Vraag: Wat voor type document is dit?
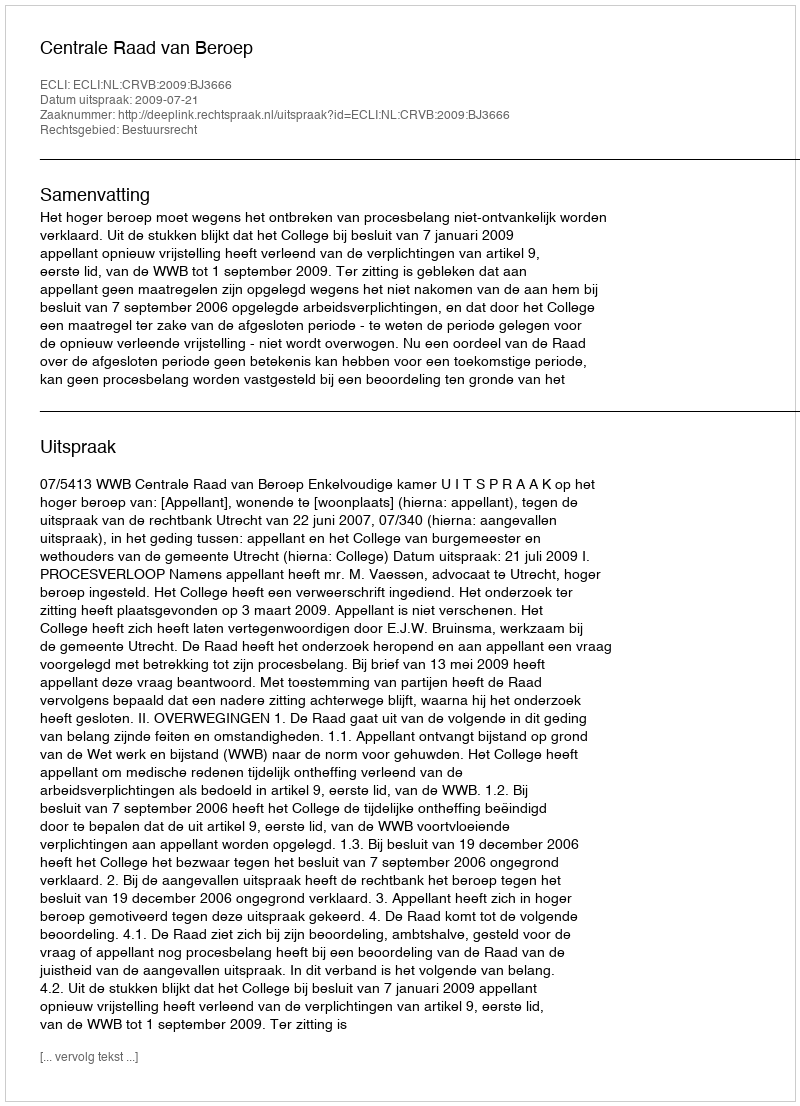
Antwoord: Uitspraak